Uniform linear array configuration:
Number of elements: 64
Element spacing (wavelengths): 0.75
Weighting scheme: hamming
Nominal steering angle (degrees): -30
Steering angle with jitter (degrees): -31.368
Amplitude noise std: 0.05
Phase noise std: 0.05

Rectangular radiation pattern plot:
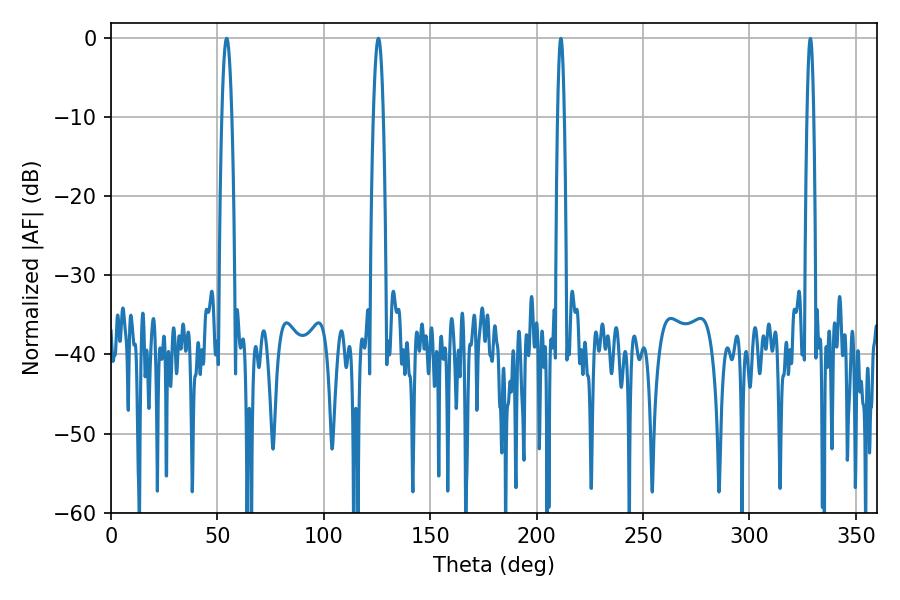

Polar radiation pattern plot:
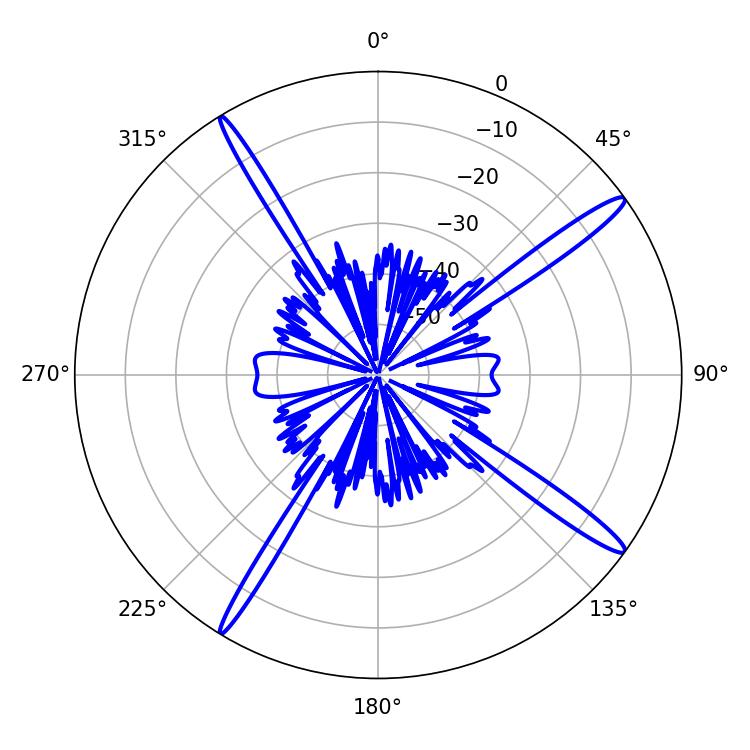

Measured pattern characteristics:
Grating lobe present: TRUE
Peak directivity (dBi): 16.482
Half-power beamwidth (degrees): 2.52
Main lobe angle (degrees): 54.36